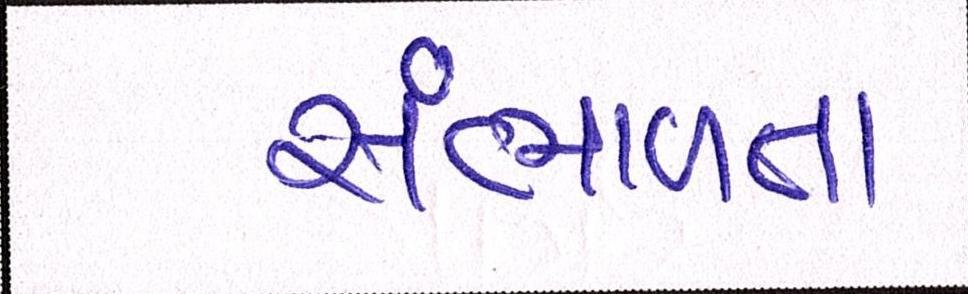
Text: સંભાળતા